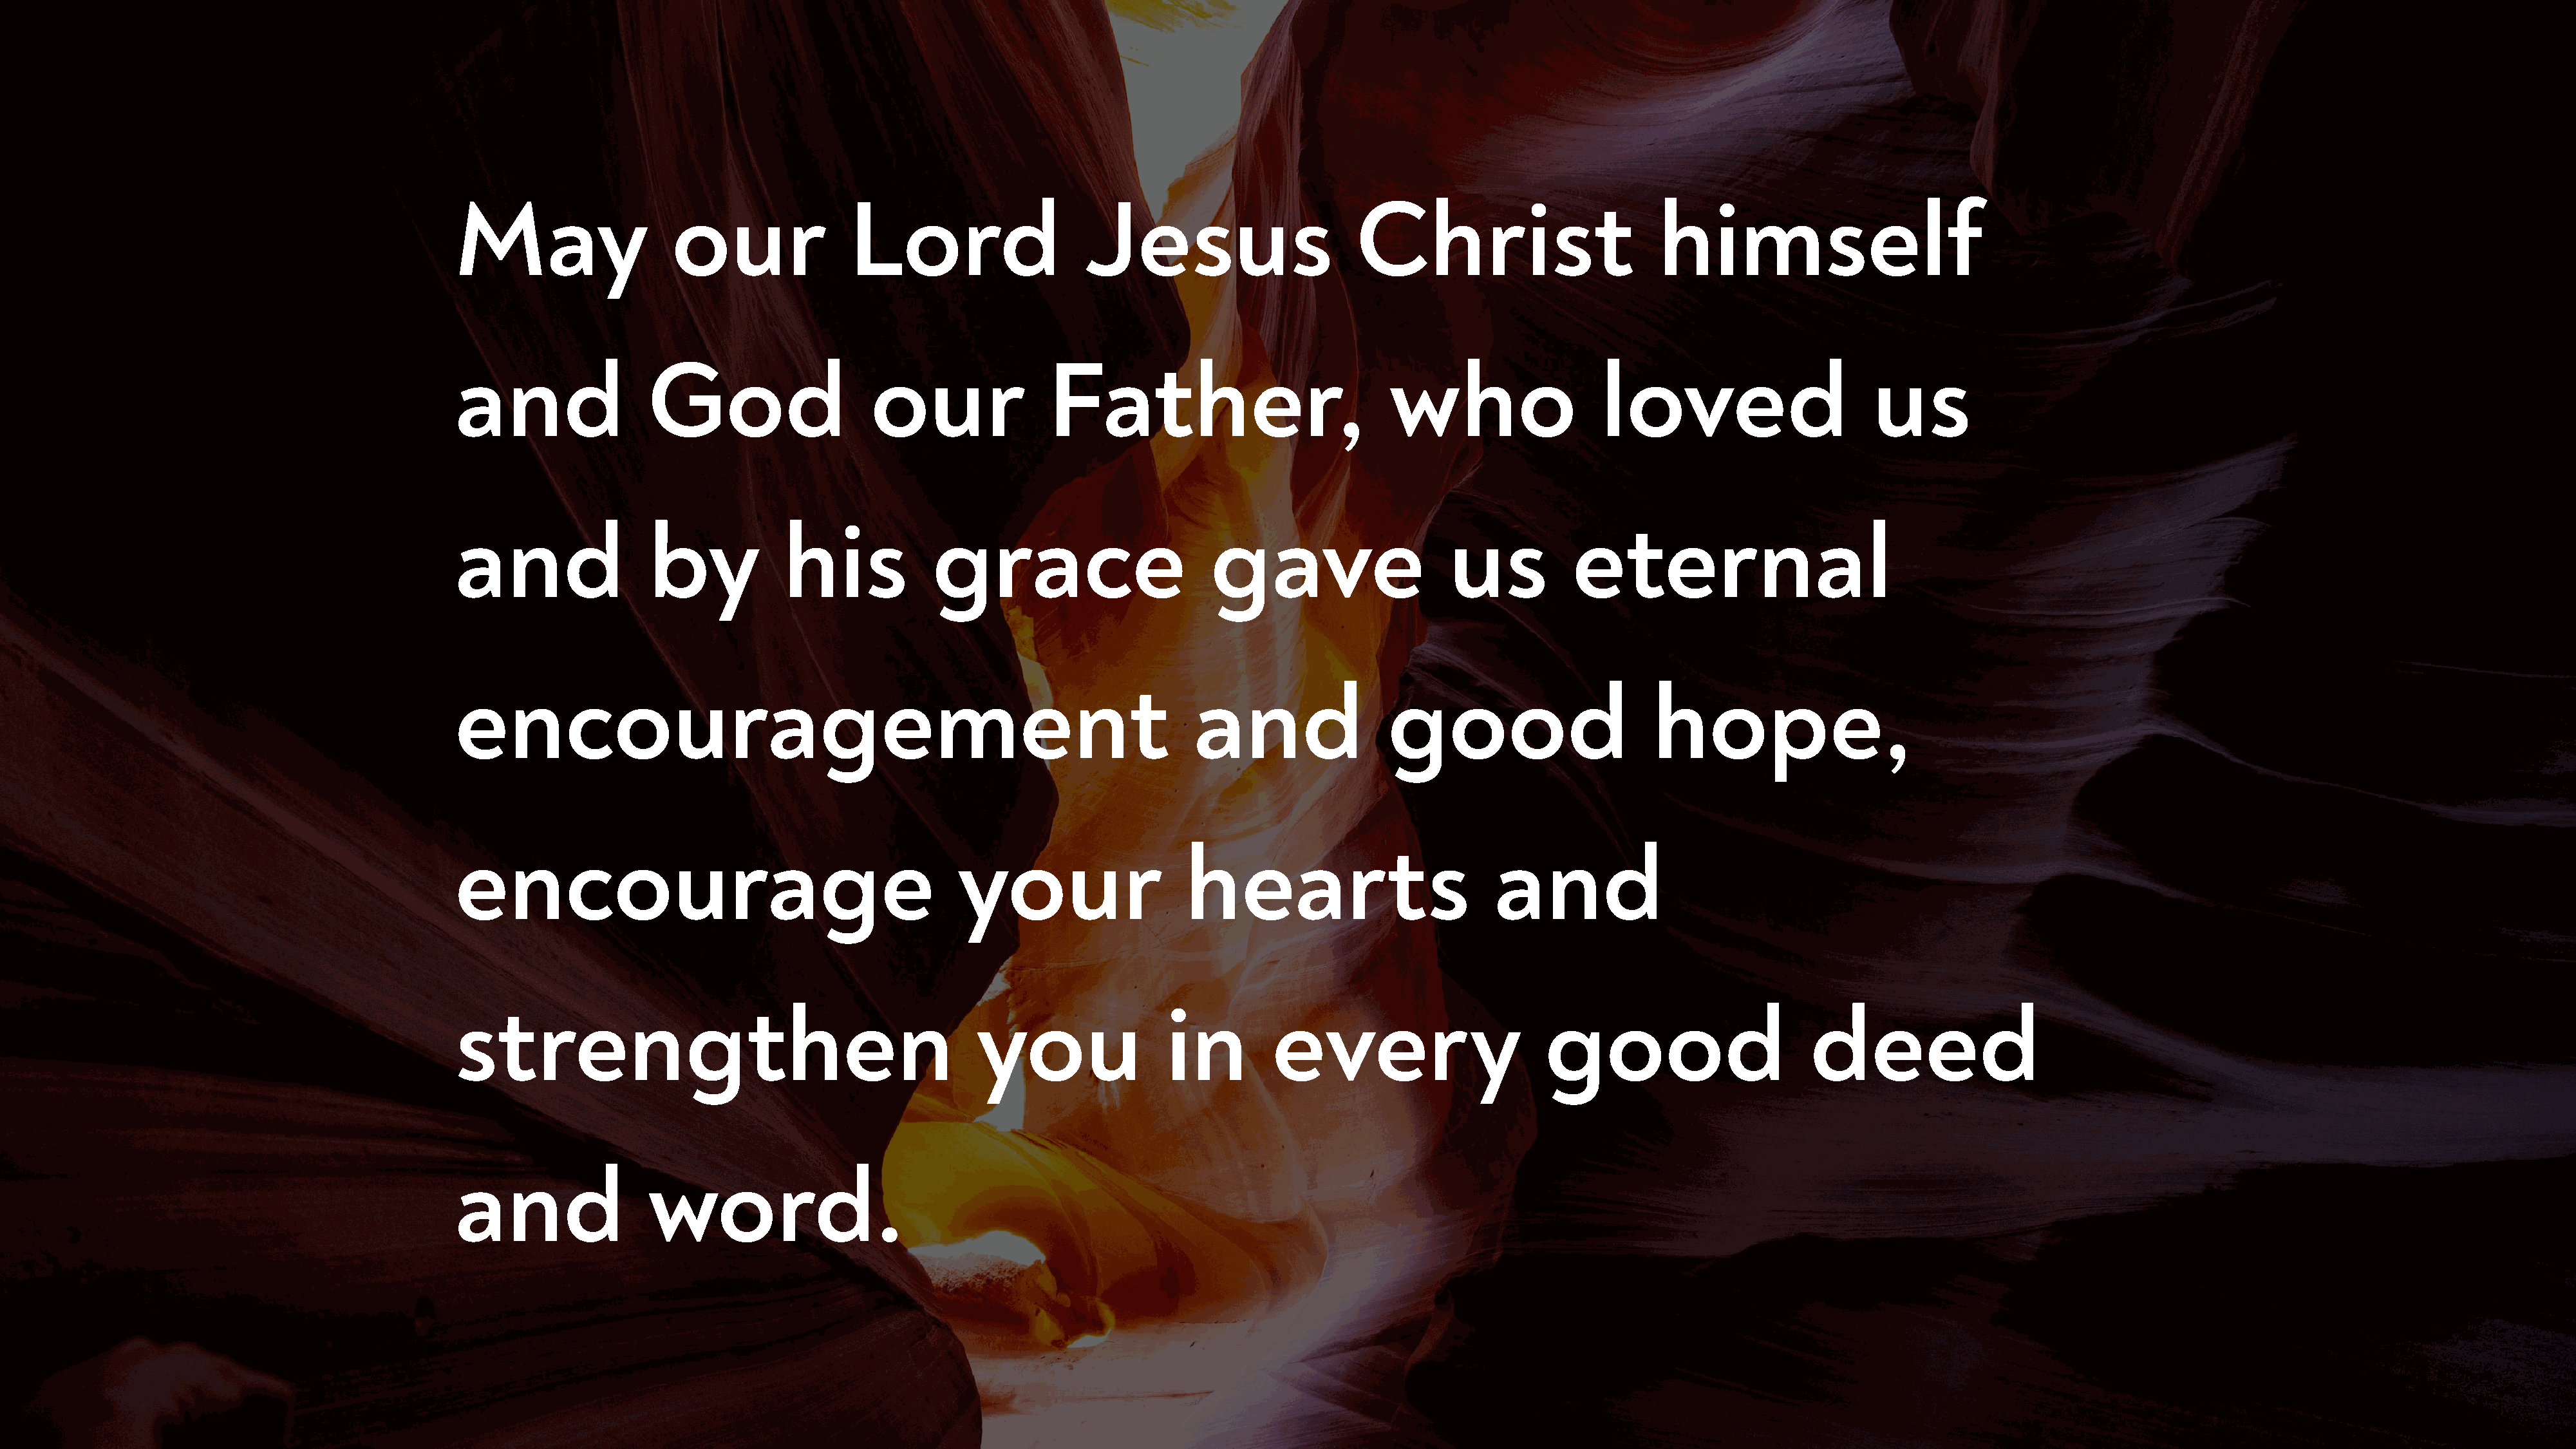
May                   our               Lord                     Jesus                      Christ                         himself
 and                 God                   our                Father,                            who                   loved                      us
 and                 by            his            grace                       gave                     us           eternal
 encouragement                                                               and                 good                       hope,
 encourage                                          your                    hearts                          and
 strengthen                                           you                 in         every                       good                       deed
 and                 word.